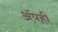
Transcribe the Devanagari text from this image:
अॅपही